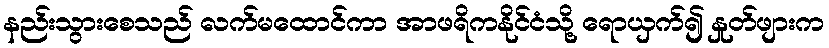
နည်းသွားစေသည် လက်မထောင်ကာ အာဖရိကနိုင်ငံသို့ ရောယှက်၍ နှုတ်ဖျားက